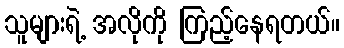
သူများရဲ့ အလိုကို ကြည့်နေရတယ်။